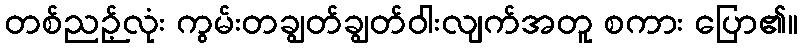
တစ်ညဉ့်လုံး ကွမ်းတချွတ်ချွတ်ဝါးလျက်အတူ စကား ပြော၏။